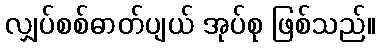
လျှပ်စစ်ဓာတ်ပျယ် အုပ်စု ဖြစ်သည်။